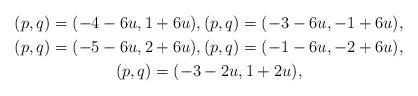
LaTeX: \begin{gather*}(p,q)=(-4-6u,1+6u),(p,q)=(-3-6u,-1+6u),\\(p,q)=(-5-6u,2+6u),(p,q)=(-1-6u,-2+6u),\\(p,q)=(-3-2u,1+2u),\end{gather*}